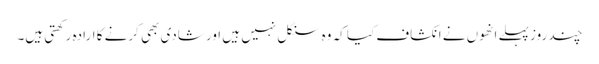
چند روز پہلے انھوں نے انکشاف کیا کہ وہ سنگل نہیں ہیں اور شادی بھی کرنے کا ارادہ رکھتی ہیں۔